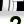
Digit: 2